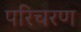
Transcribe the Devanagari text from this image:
परिचरण